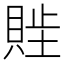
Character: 𬥖